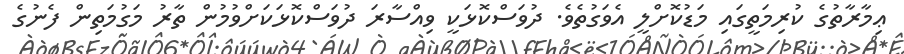
ޢިމާރާތުގެ ކުރިމަތީގައި މަޑުކޮށްލީ އެވަގުތެވެ. ދުވަސްކޮޅަކީ ވިއްސާރަ ދުވަސްކޮޅަކަށްވުމުން ތާރު މަގުމަތިން ފެނުގެ